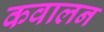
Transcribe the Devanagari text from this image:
कवालन